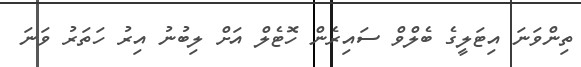
ތިންވަނަ އިޓަލީގެ ބެލްވް ސައިރެން ހޮޓެލް އަށް ލިބުނު އިރު ހަތަރު ވަނަ